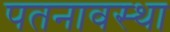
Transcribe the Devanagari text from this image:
पतनावस्था